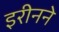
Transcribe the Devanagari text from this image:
इरीनने